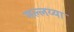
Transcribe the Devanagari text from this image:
मल्लय्या